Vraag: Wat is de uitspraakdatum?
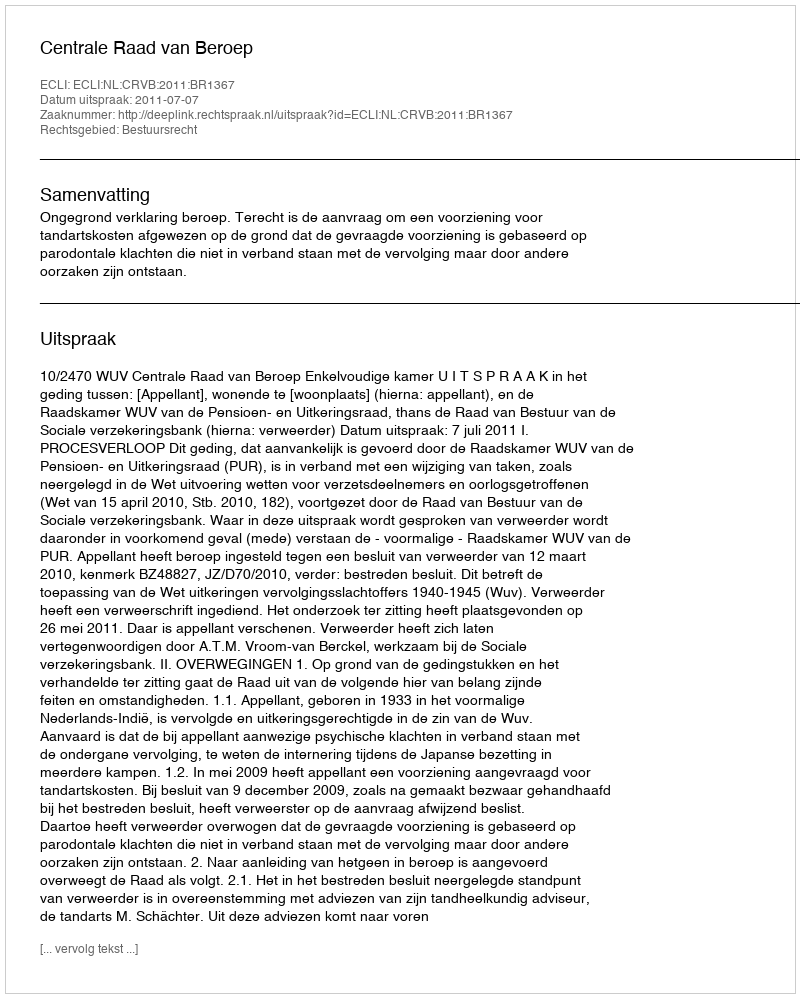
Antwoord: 2011-07-07